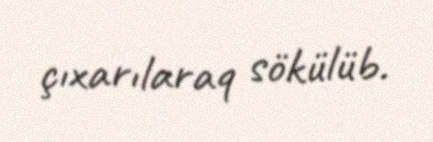
çıxarılaraq sökülüb.